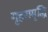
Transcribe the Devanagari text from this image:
गृहसमृद्धि